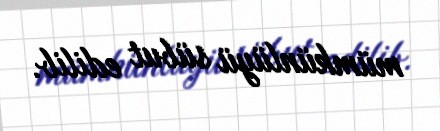
mümkünlüyü sübut edilib.